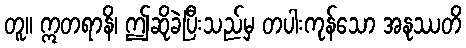
တူ။ ဣတရာနိ၊ ဤဆိုခဲပြီးသည်မှ တပါးကုန်သော အနုဿတိ